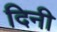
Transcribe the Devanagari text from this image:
दिनी